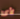
لأى